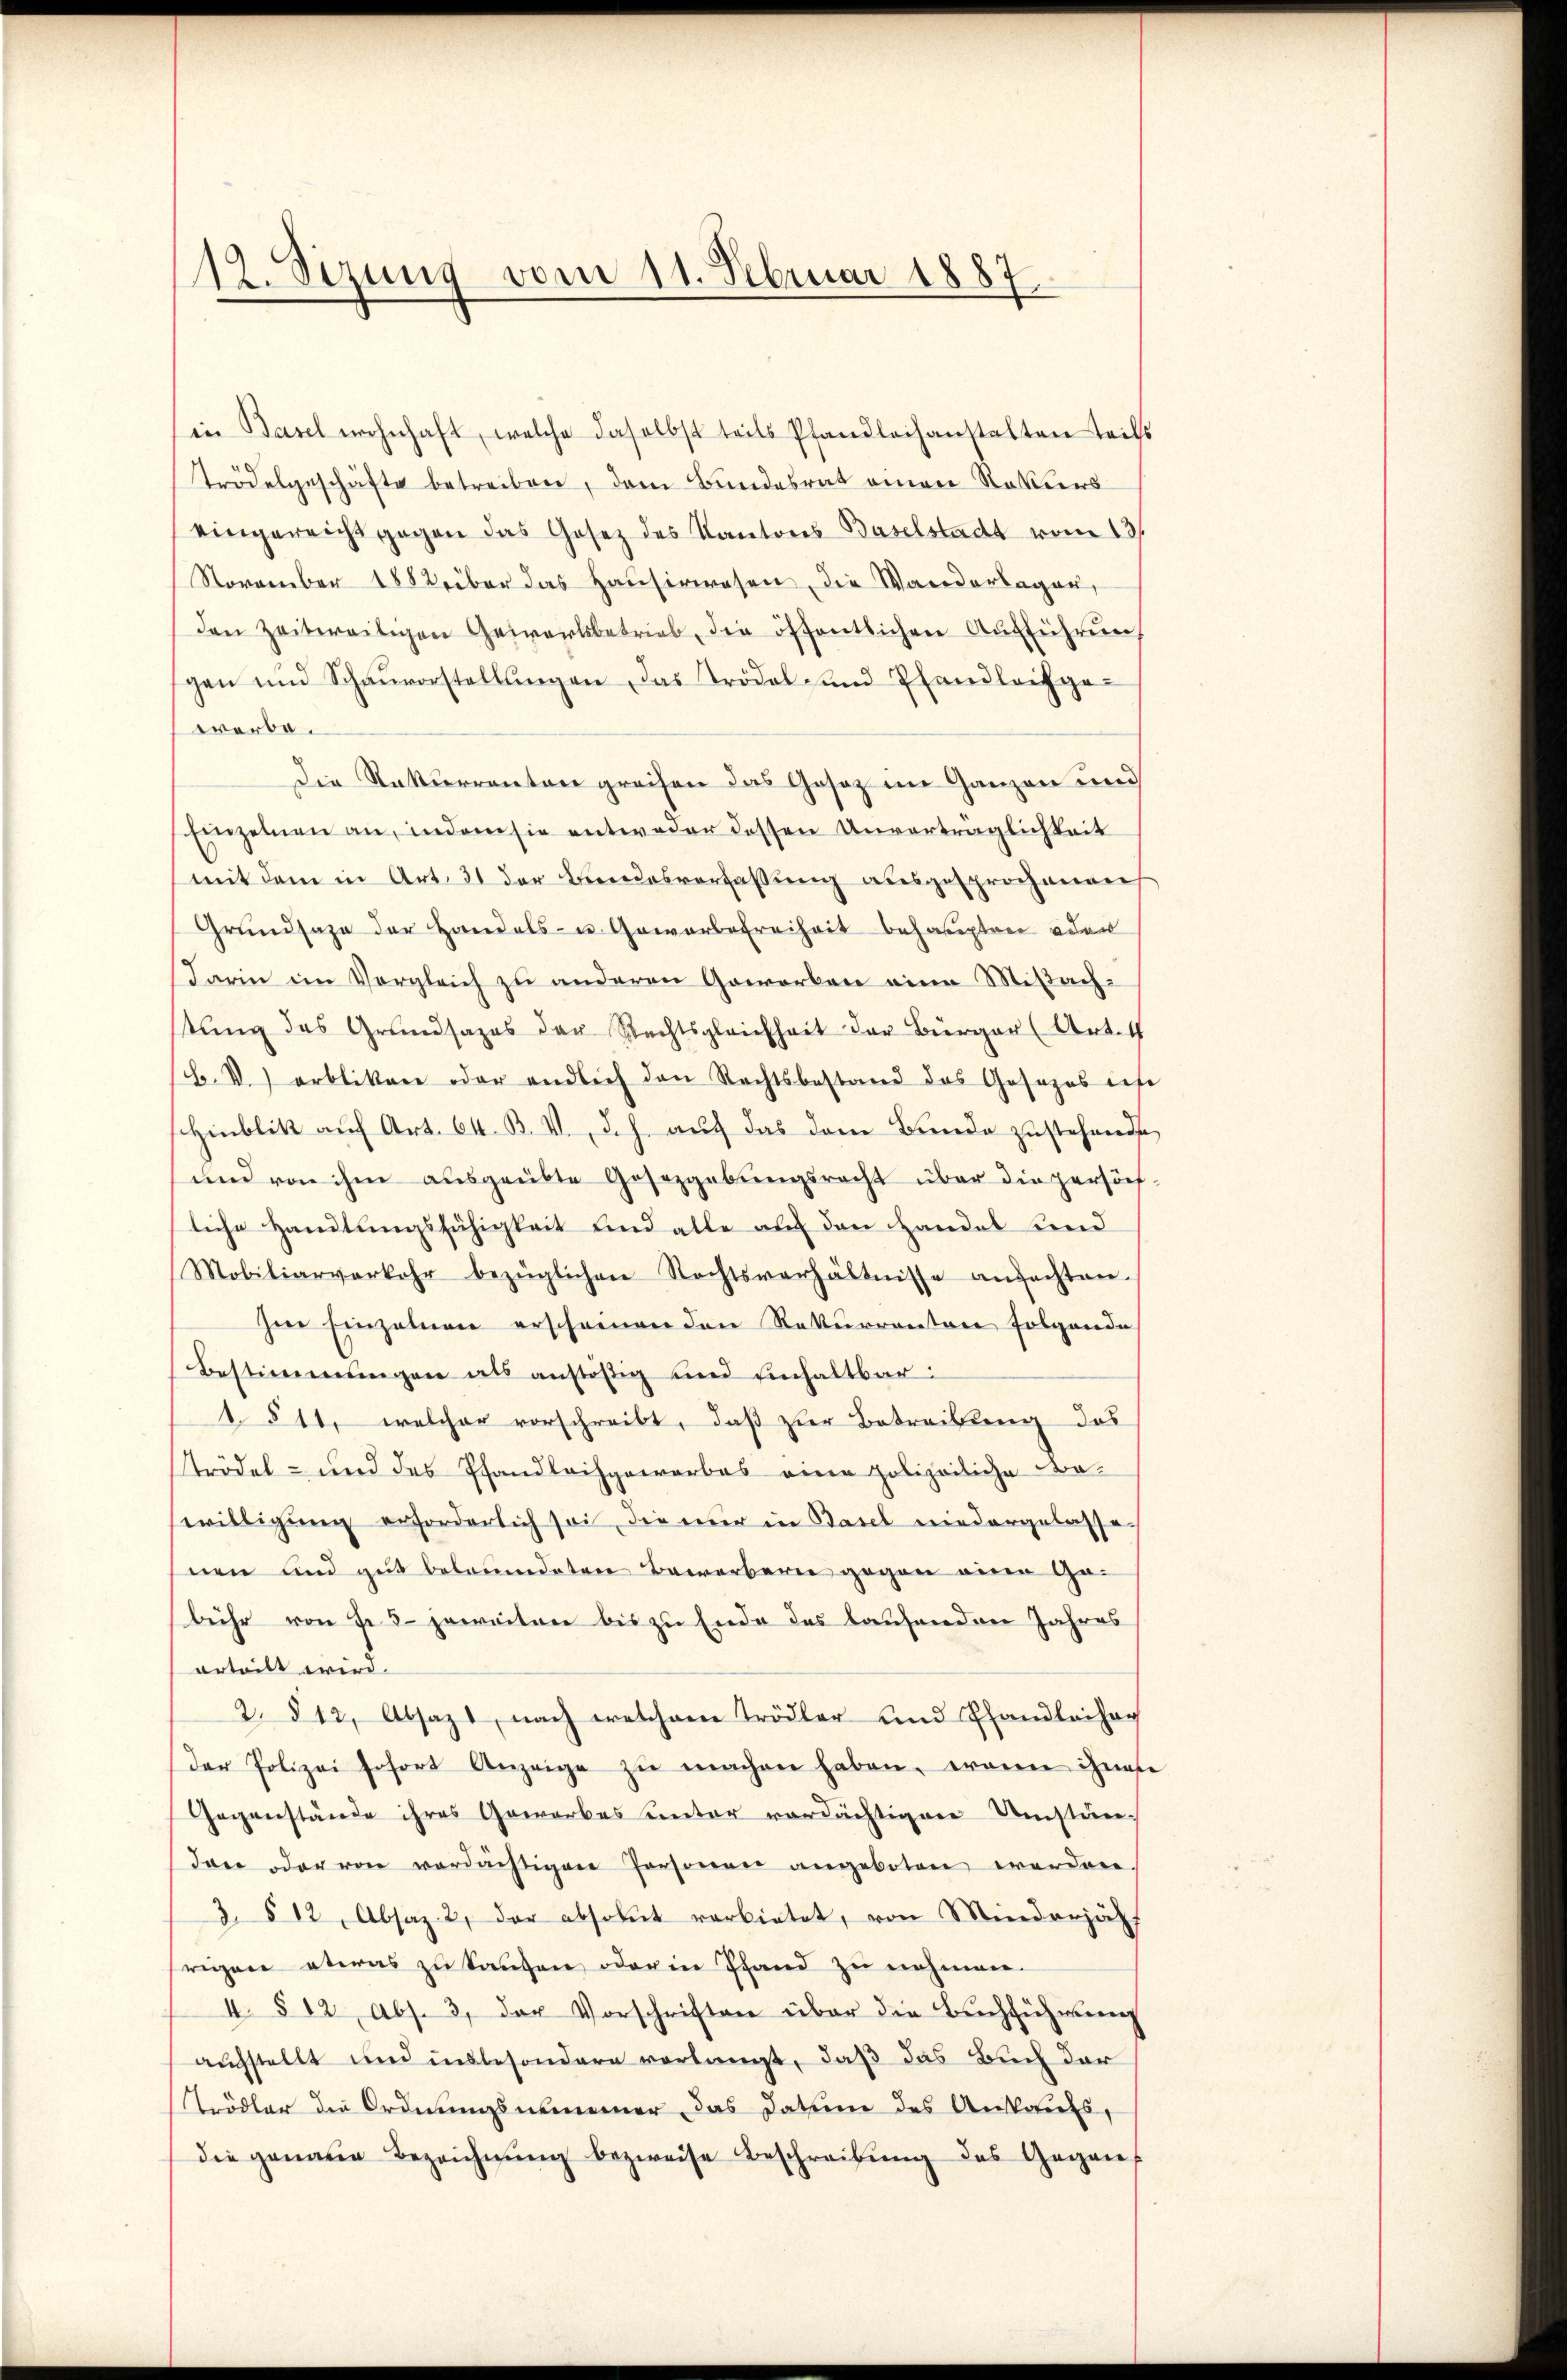
12. Sezung vom 11. Februar 1887.

in Basel wohnhaft, welche daselbst teils Pfandleihanstalten teils
trödelgeschäfte betreiben, dem Bundesrat einer Rekurs
eingereicht gegen das Gesetz des Kantons Baselstadt vom 13.
November 1882 über das Haŭsirwesen, die Wanderlagen,
den Zeitweiligen Gewerbsbetrieb, die öffentlichen Ausführung
gen und Schaŭvorstellŭngen, das Trödel und Pfandleichgewerbe.
Die Rekurrenten greifen das Gesetz im Ganzen und
Einzelnen an, indem sie entweder dessen Unverträglichkeit
mit dem in Art. 31 der Bundesverfassung ausgesprochenen
Grŭndsaze der Handels- u. Gewerbefreiheit behaupten oder
Darin im Vergleich zu anderen Gewerben eine Mißachstung des Grundsazes der Rechtsgleichheit der Bürger (Art. 4
b.V. erbliken oder endlich den Rechtsbestand das Gesezes ist
Hinblik auf Art. 64. B. V. d. h. auf das dem Bunde zustehende
und von ihm ausgeübte Gesetzgebungsrecht über die persöch
liche Handlungsfähigkeit und alle auf den Handel und
Mobiliarverkehr bezüglichen Rechtsverhältnisse ansachten.
Ime Einzelnen erscheinen den Rekurrenten folgende
Bestimmungen als anstößig und Einhaltbar:
1 § 11, welcher vorschreibt, daß zur Betreibung das
trödel- und des Pfandlochgewerbes eine polizeiliche Beswilligung erforderlich sei, die nur in Basel niedergelasse
nen und gut beleumdeten Bewerberne gegen eine Gebühr von Fr. 3 jeweiten bis zu Ende des laufenden Jahres
erteilt wird.
2. § 12, Absaz, nach welchem Trödler und Pfandleiher
der Polizei sofort Anzeige zŭ machen haben, wenn ihnes
Gegenstände ihres Gewerbes unter verdächtigen Umstän-
den oder von verdächtigen Personen angeboten werden.
3. § 12, Absaz. 2, der absolut verbietet, von Minderjäh
frigen etwas zu langen oder in Pfand zu nehmen.
4. § 12 Abs. 3. der Vorschriften über die Buchführung
auchstellt und insbesondere verlangt, daß das Buch der
Strödler die Ordnungsnommer das Datum des Ankaufs,
die genaue Bezeichnŭng bezweife Beschreibŭng des Gegens